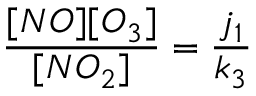
\frac { [ N O ] [ O _ { 3 } ] } { [ N O _ { 2 } ] } = \frac { j _ { 1 } } { k _ { 3 } }